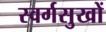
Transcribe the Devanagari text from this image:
स्वर्गसुखों